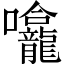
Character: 㘛